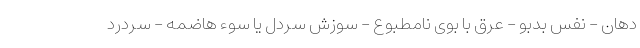
دهان - نفس بدبو - عرق با بوی نامطبوع - سوزش سردل یا سوء هاضمه - سردرد